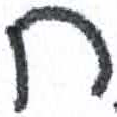
אות: ח